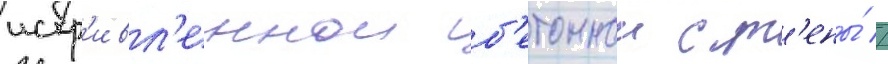
искр'ивл'еннои б'етоннои ст'ены́ //